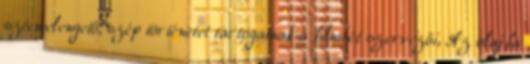
szívmelengető, szép történetet tartogatnak a filmhét szervezői, Az olajfa